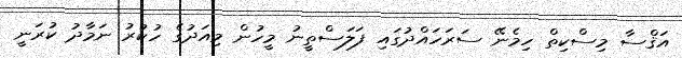
އަޤްސާ މިސްކިތް ހިމެނޭ ސަރަހައްދުގައި ފަލަސްތީނު މީހުން މިއަދުގެ ހުކުރު ނަމާދު ކުރަނީ